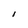
Character: l